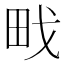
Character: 𭻀